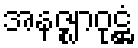
အနဇ္ဈာဝုဋ္ဌံ